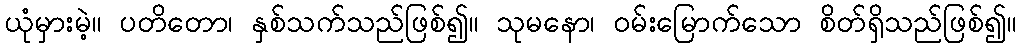
ယုံမှားမဲ့။ ပတိတော၊ နှစ်သက်သည်ဖြစ်၍။ သုမနော၊ ဝမ်းမြောက်သော စိတ်ရှိသည်ဖြစ်၍။